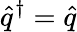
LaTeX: \hat{q}^{\dagger}=\hat{q}